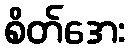
စိတ်အေး